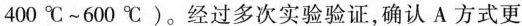
400℃~600℃)。经过多次实验验证，确认A方式更